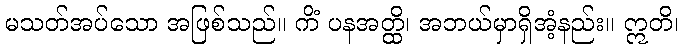
မသတ်အပ်သော အဖြစ်သည်။ ကိံ ပနအတ္ထိ၊ အဘယ်မှာရှိအံ့နည်း။ ဣတိ၊